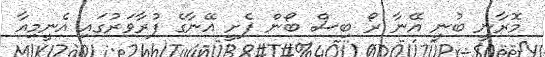
މޮރާނީ ބުނީ އޭނާ ރޯ ބިސް ބޯން ފެށީ އޭނާގެ ފުރާވަރުގައި އެނީމިއާ